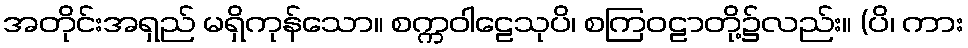
အတိုင်းအရှည် မရှိကုန်သော။ စက္ကဝါဠေသုပိ၊ စကြဝဠာတို့၌လည်း။ (ပိ၊ ကား